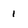
Character: 1